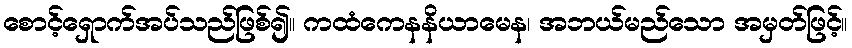
စောင့်ရှောက်အပ်သည်ဖြစ်၍။ ကထံကေနနိယာမေန၊ အဘယ်မည်သော အမှတ်ဖြင့်။